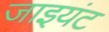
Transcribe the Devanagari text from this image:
जाइयंट